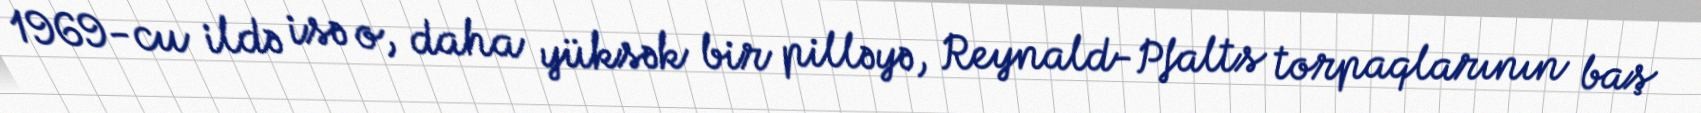
1969-cu ildə isə o, daha yüksək bir pilləyə, Reynald-Pfalts torpaqlarının baş